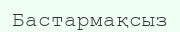
Бастармақсыз